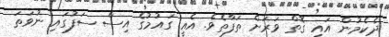
ދެކެމުން އައި ގޮތް ވަރަށް ތަފާތެވެ. އެއީ ގައުމުގެ އިސް ސަފުގައި ނުވަތަ